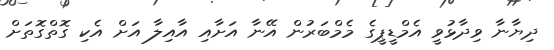
ދިޔާނާ ވިދާޅުވީ އެމްޑީޕީގެ މެމްބަރުން އޭނާ އަށާއި އާއިލާ އަށް އެކި ގޮތްގޮތަށް